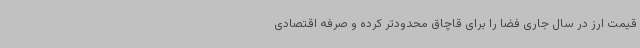
قیمت ارز در سال جاری فضا را برای قاچاق محدودتر کرده و صرفه اقتصادی